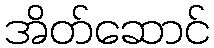
အိတ်ဆောင်